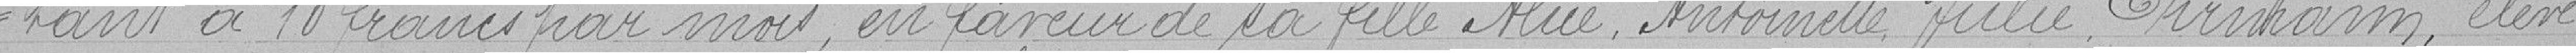
=tant à 10 francs par mois, en faveur de sa fille, Mlle Antoinette Julie Ehrmann, élève